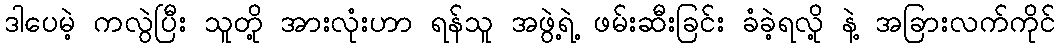
ဒါပေမဲ့ ကလွဲပြီး သူတို့ အားလုံးဟာ ရန်သူ အဖွဲ့ရဲ့ ဖမ်းဆီးခြင်း ခံခဲ့ရလို့ နဲ့ အခြားလက်ကိုင်